Materia medica of Madras volume I
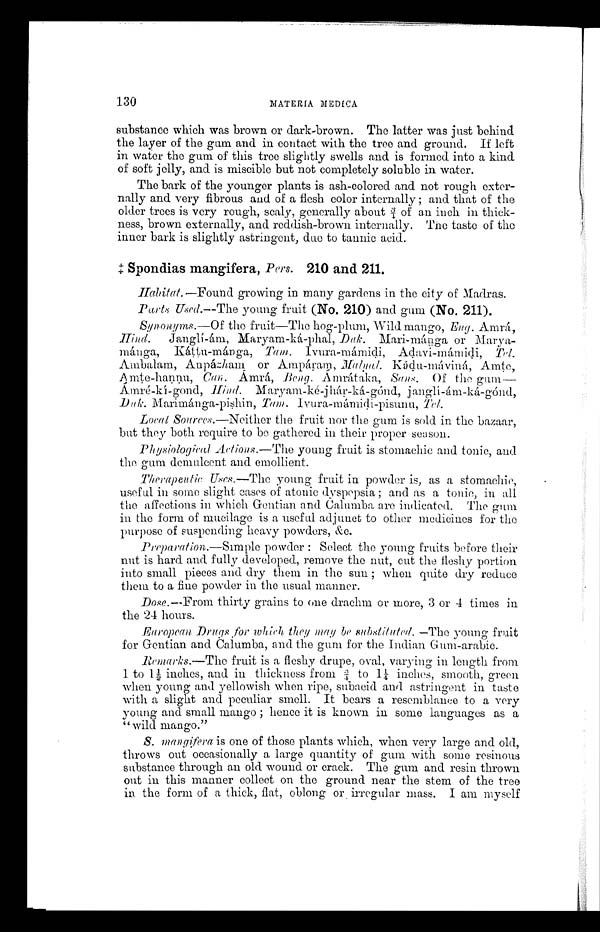
130
MATERIA MEDICA
substance which was brown or dark-brown. The latter was just behind
the layer of the gum and in contact with the tree and ground. If left
in water the gum of this tree slightly swells and is formed into a kind
of soft jelly, and is miscible but not completely soluble in water.
The bark of the younger plants is ash-colored and not rough exter-
nally and very fibrous and of a flesh color internally ; and that of the
older trees is very rough, scaly, generally about ¾ of an inch in thick-
ness, brown externally, and reddish-brown internally. The taste of the
inner bark is slightly astringent, due to tannic acid.
‡ S p o n d i a s m a n g i f e r a
, P e r s .
2 1 0 a n d 2 1 1
.
Habitat. —Found growing in many gardens in the city of Madras.
Parts Used.— The young fruit (No. 210) and gum (No. 211).
Synonyms.— Of the fruit—The hog-plum, Wild mango, Eng. Amrá,<br/>
Hind. Janglí-ám, Maryam-ká-phal, Duk. Mari-mánga or Marya
-mánga, Káttu-mánga,
Tam. Ivura-mámidi, Adavi-mámidi,T e l .
Ambalam, Anpázham or Ampáram, Malyal. Kádu-máviná, Amte,
Amte-hannu, Can Ámrá, Beng. Ámrátaka, Sans. Of the gum
—Ámré-kί-gond,H i n d
. M a r y a m - k é - j h á r - k á - g ó n d , j a n g lί
- á m - k á - g ó n d ,
Duk. Marimánga-pishin, Tam. Ivura-mámidi-pisunu, Tel.
Local Sources.—Neither the fruit nor the gum is sold in the bazaar,
but they both require to be gathered in their proper season.
Physiological Actions.— The young fruit is stomachic and tonic, and
the gum demulcent and emollient.
Therapeutic Uses.— The young fruit in powder is, as a stomachic,
useful in some slight cases of atonic dyspepsia ; and as a tonic, in all
the affections in which Gentian and Calumba are indicated. The gum
in the form of mucilage is a useful adjunct to other medicines for the
purpose of suspending heavy powders, &c.
Preparation .—Simple powder : Select the young fruits before their
nut is hard and fully developed, remove the nut, cut the fleshy portion
into small pieces and dry them in the sun ; when quite dry reduce
them to a fine powder in the usual manner.
Dose .—From thirty grains to one drachm or more, 3 or 4 times in
the 24 hours.
European Drugs for which they may be substituted. —The young fruit
for Gentian and Calumba, and the gum for the Indian Gum-arabic.
Remarks.—The fruit is a fleshy drupe, oval, varying in length from
1 t o l ½ i n c h e s , a n d i n t h i c k n e s s f r o m ¾ t o 1 ¼ i n c h e s , s m o o t h , g r e e n
when young and yellowish when ripe, subacid and astringent in taste
with a slight and peculiar smell. It bears a resemblance to a very
young and small mango ; hence it is known in some languages as a
" w i l d m a n g o . "
S. mangifera is one of those plants which, when very large and old,
throws out occasionally a large quantity of gum with some resinous
substance through an old wound or crack. The gum and resin thrown
out in this manner collect on the ground near the stem of the tree
in the form of a thick, flat, oblong or, irregular mass. I am myself